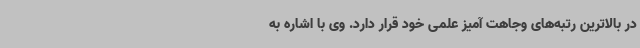
در بالاترین رتبه‌های وجاهت آمیز علمی خود قرار دارد. وی با اشاره به